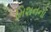
મિશનનો